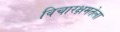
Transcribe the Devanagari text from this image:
विचारक्षमतेला